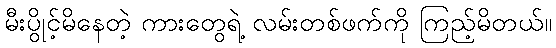
မီးပွိုင့်မိနေတဲ့ ကားတွေရဲ့ လမ်းတစ်ဖက်ကို ကြည့်မိတယ်။